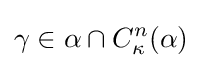
\gamma \in \alpha \cap C_{\kappa }^{n}(\alpha )